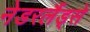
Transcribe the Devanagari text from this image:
नेडरलैंड्से